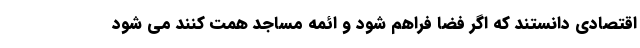
اقتصادی دانستند که اگر فضا فراهم شود و ائمه مساجد همت کنند می شود